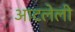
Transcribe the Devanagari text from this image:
आटलेली